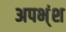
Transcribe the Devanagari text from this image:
अपभ्ंश